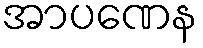
အာပဏေန